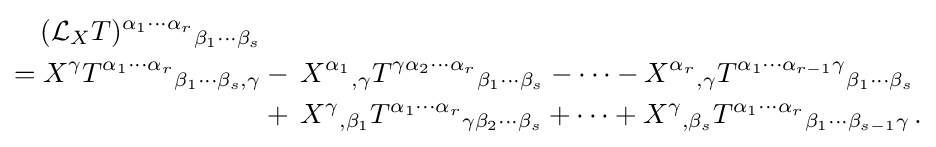
{\begin{aligned}({\mathcal {L}}_{X}T)^{\alpha _{1}\cdots \alpha _{r}}{}_{\beta _{1}\cdots \beta _{s}}&\\=X^{\gamma }T^{\alpha _{1}\cdots \alpha _{r}}{}_{\beta _{1}\cdots \beta _{s},\gamma }&-\,X^{\alpha _{1}}{}_{,\gamma }T^{\gamma \alpha _{2}\cdots \alpha _{r}}{}_{\beta _{1}\cdots \beta _{s}}-\cdots -X^{\alpha _{r}}{}_{,\gamma }T^{\alpha _{1}\cdots \alpha _{r-1}\gamma }{}_{\beta _{1}\cdots \beta _{s}}\\&+\,X^{\gamma }{}_{,\beta _{1}}T^{\alpha _{1}\cdots \alpha _{r}}{}_{\gamma \beta _{2}\cdots \beta _{s}}+\cdots +X^{\gamma }{}_{,\beta _{s}}T^{\alpha _{1}\cdots \alpha _{r}}{}_{\beta _{1}\cdots \beta _{s-1}\gamma }\,.\end{aligned}}